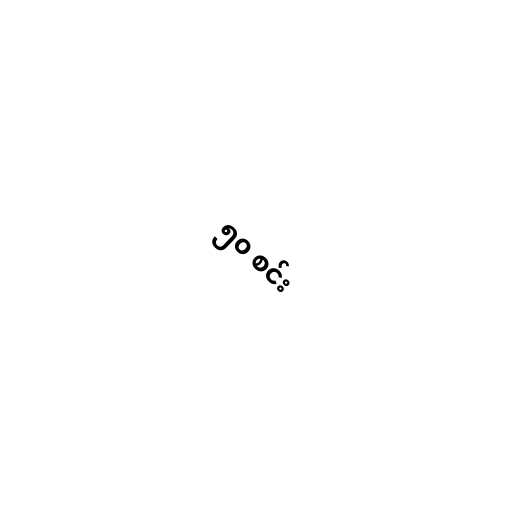
၅၀ စင်း